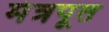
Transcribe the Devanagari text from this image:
मंत्रपूत